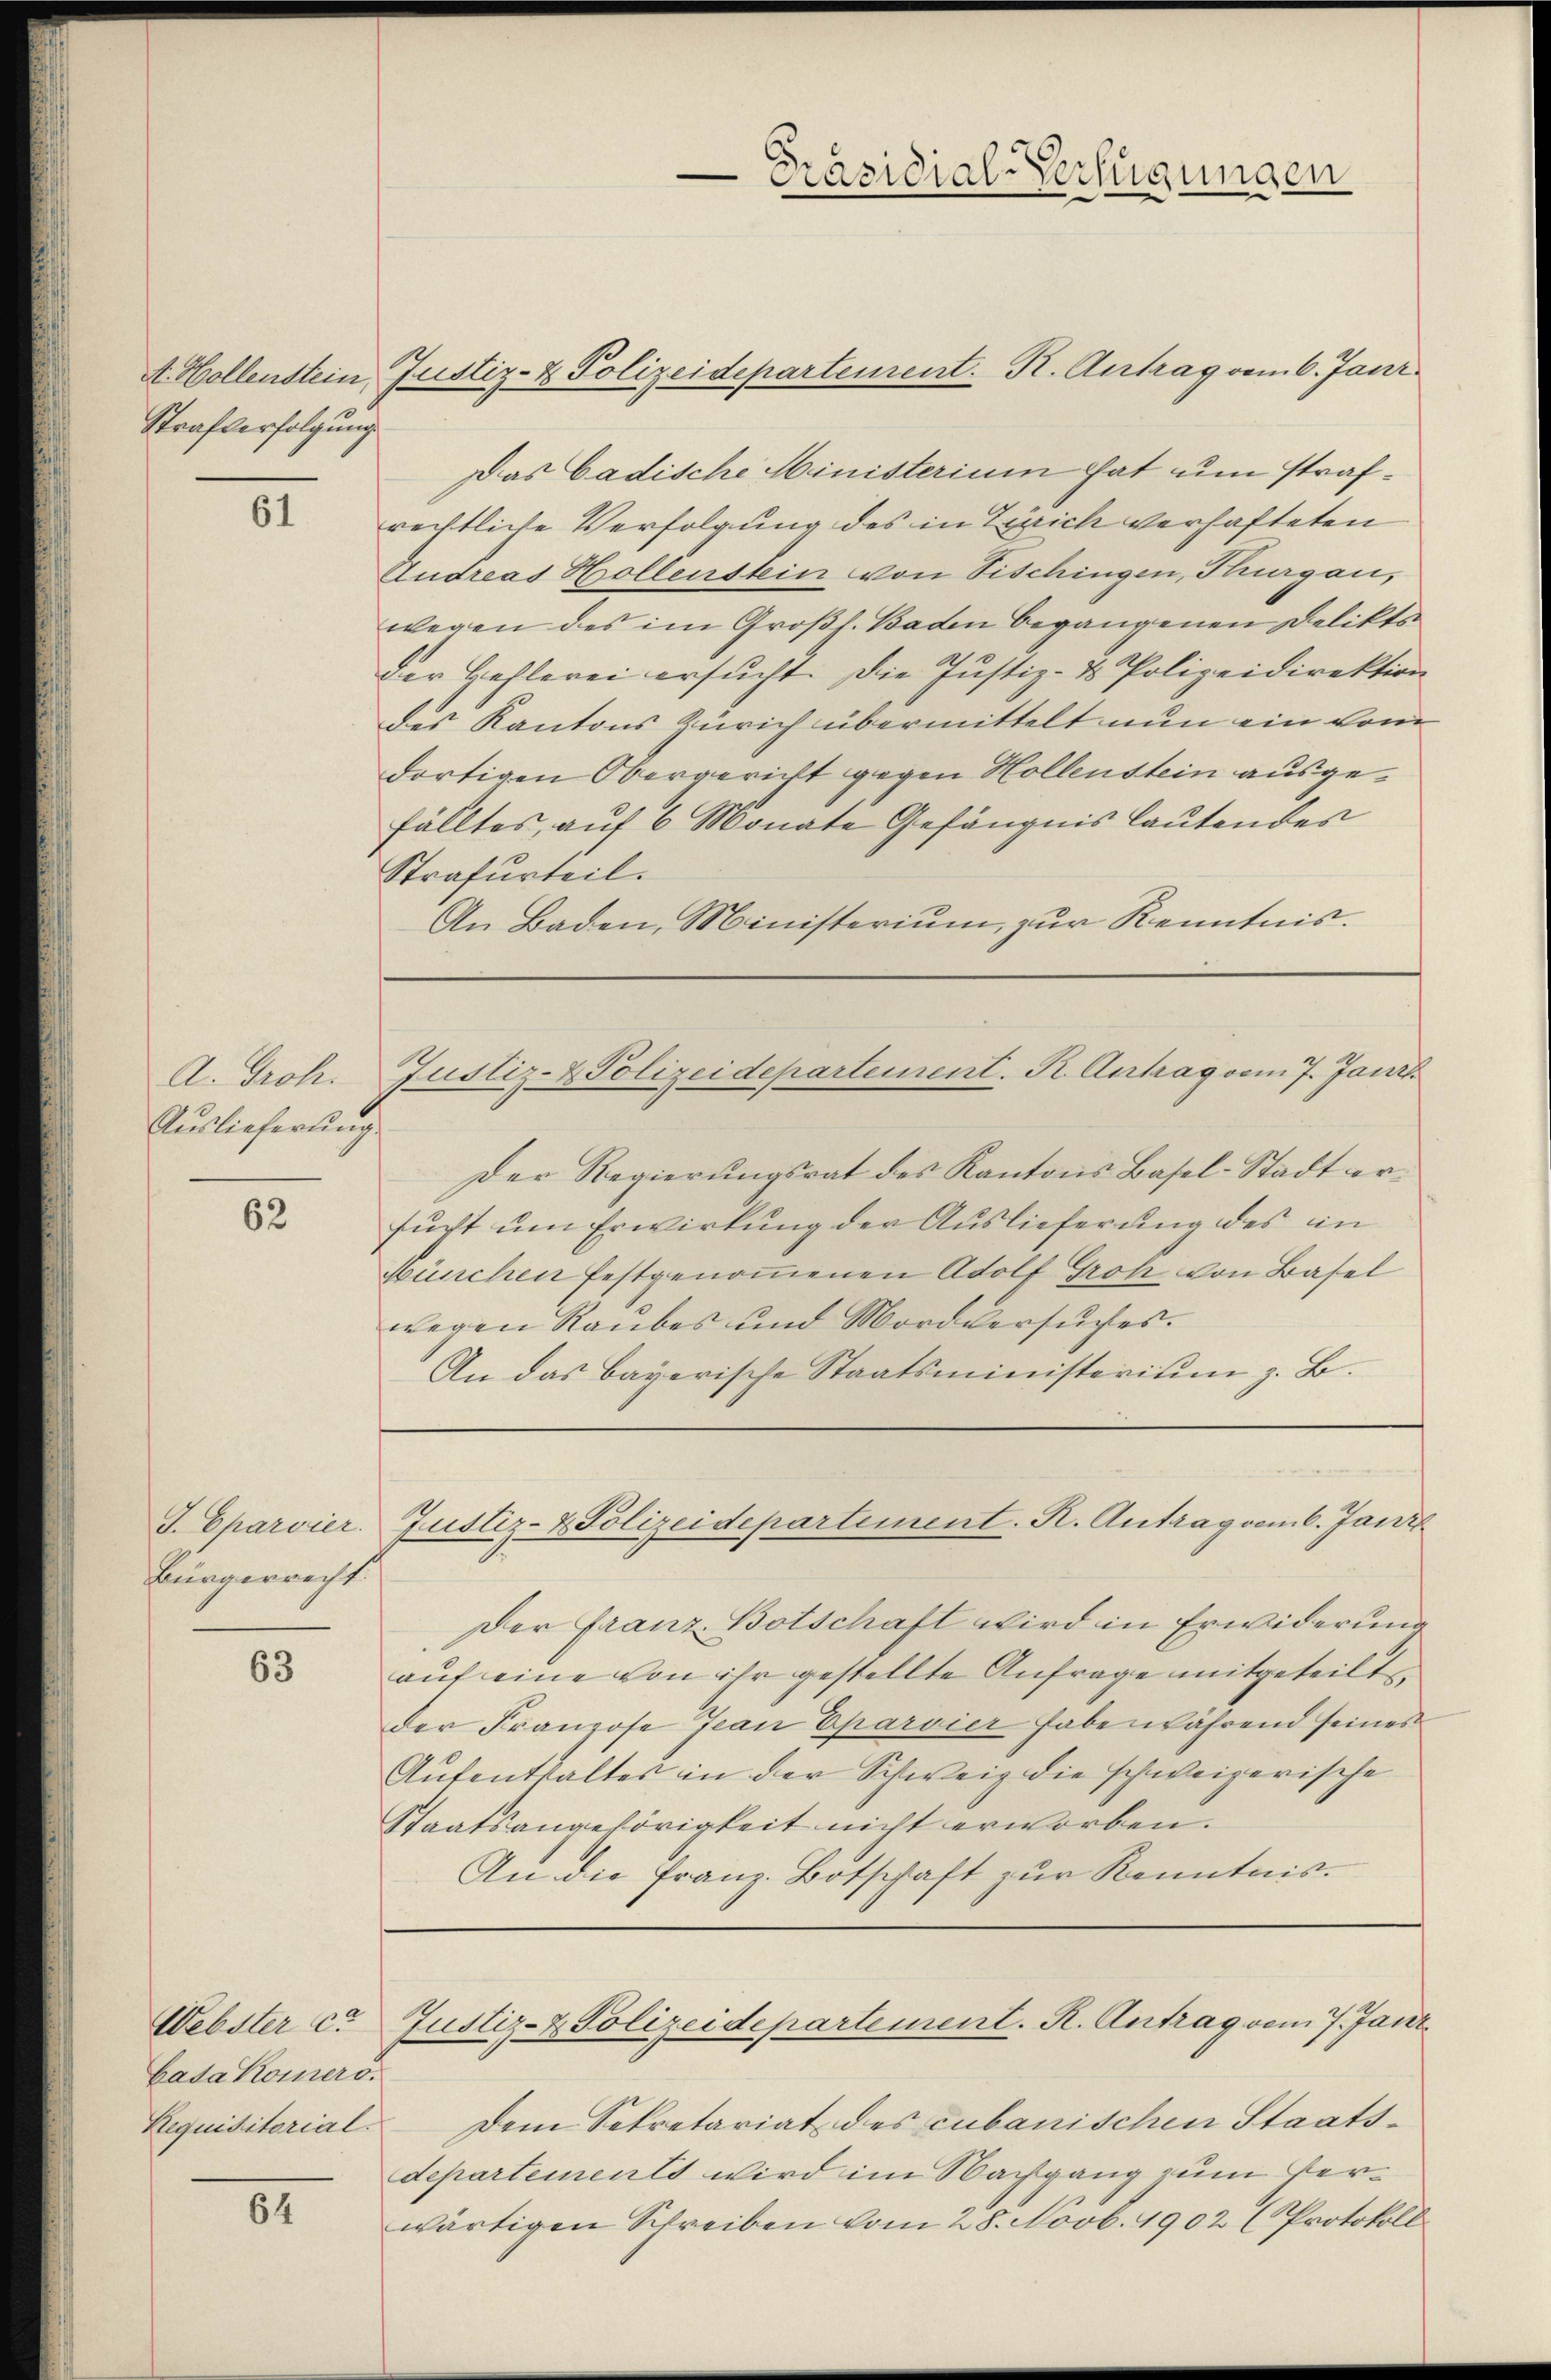
Strafverfolgung

61

A. Groh.
Auslieferung

62

J. Eparvier.
Bürgerrecht.

63

Webster ca
bada Komers.
Requisitorial.

82

A. Hollenstein, Justiz- & Polizeidepartement. R. Antrag von 6. Janr.
Das badische Ministerium hat um strafrechtliche Verfolgung des in Zürich verhafteten
Andreas Hollenstein von Tischingen, Thurgau,
wegen des im Großh. Baden begangenen Delikts
Der Hehlerei ersucht. Die Justiz- & Polizeidirektion
des Kantons Zürich übermittelt nun ein vom
dortigen Obergericht gegen Hollenstein ausgefälltes, auf 6 Monate Gefängnis lautendes
Strafurteil.
An Baden, Ministerium, zur Kenntnis.

Der Regierungsrat des Kantons Basel-Stadt ersucht um Erwirkung der Auslieferung des in
München festgenoṁenen Adolf Groh von Basel
wegen Raubes und Mordversuches.
An das bayerische Staatsministerium z. B.

Präsidial-Verfügungen

Justiz- & Polizeidepartement. R. Antrag vom 7. Jani

Justiz- & Polizeidepartement. R. Antrag vom 6. Janz

Justiz- & Polizeidepartement. R. Antrag vom 7. Jani

Dem Sekretariat des cubanischen Staatsdepartements wird im Nachgang zum Verwärtigen Schreiben vom 28. Novb. 1902 (Protokoll

Der Franz-Botschaft wird in Erwiderung
auf eine von ihr gestellte Anfrage mitgeteilte
der Franzose Jean Eparvier habe während seines
Aufenthaltes in der Schweiz die schweizerische
Staatsangehörigkeit nicht erworben.
An die Franz-Botschaft zur Kenntnis¬